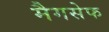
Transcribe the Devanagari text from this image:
मैगसेफ